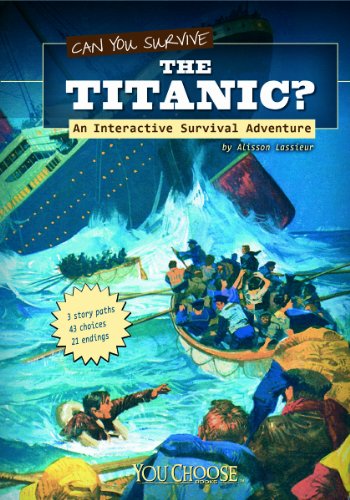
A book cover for Can You Survive the Titanic?: An Interactive Survival Adventure (You Choose: Survival); Allison Lassieur; Children's Books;